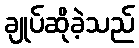
ချုပ်ဆိုခဲ့သည်